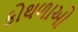
કોથળાઓ